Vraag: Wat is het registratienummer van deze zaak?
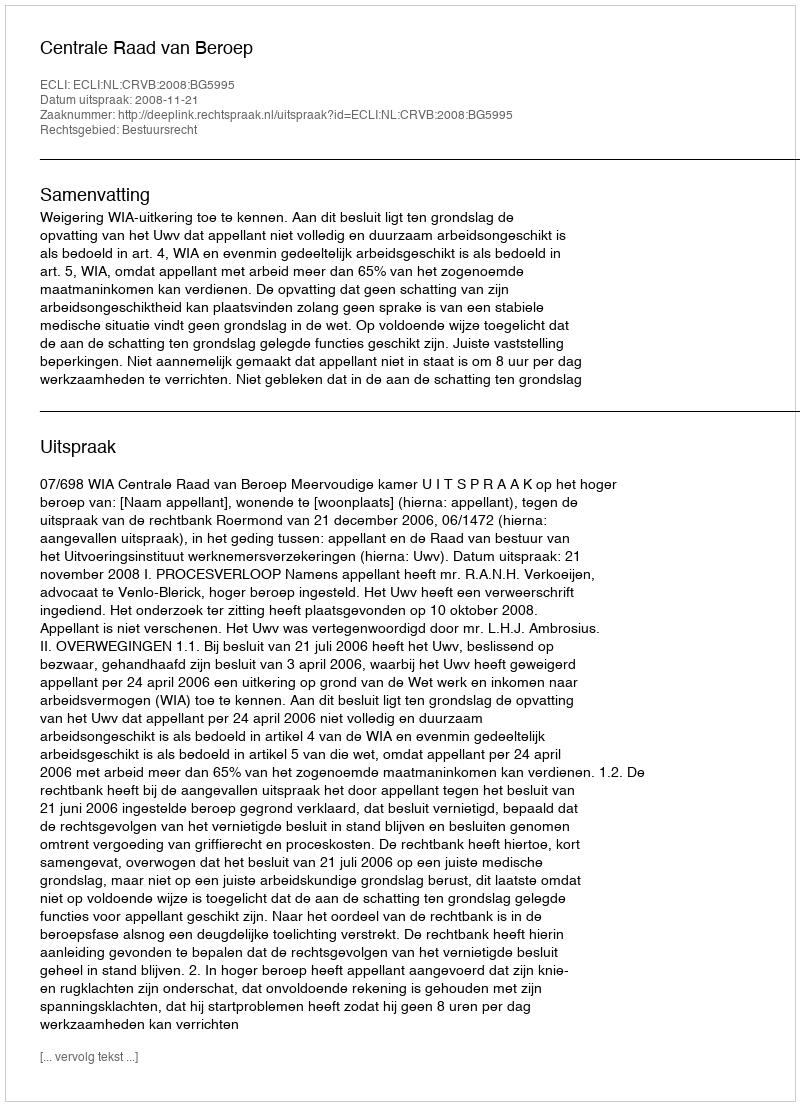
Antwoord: http://deeplink.rechtspraak.nl/uitspraak?id=ECLI:NL:CRVB:2008:BG5995